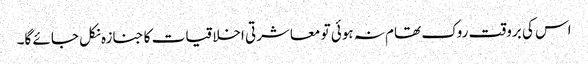
اس کی بروقت روک تھام نہ ہوئی تو معاشرتی اخلاقیات کا جنازہ نکل جائے گا۔